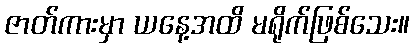
ဇာတ်ကားမှာ ယနေ့အထိ မရိုက်ဖြစ်သေး။